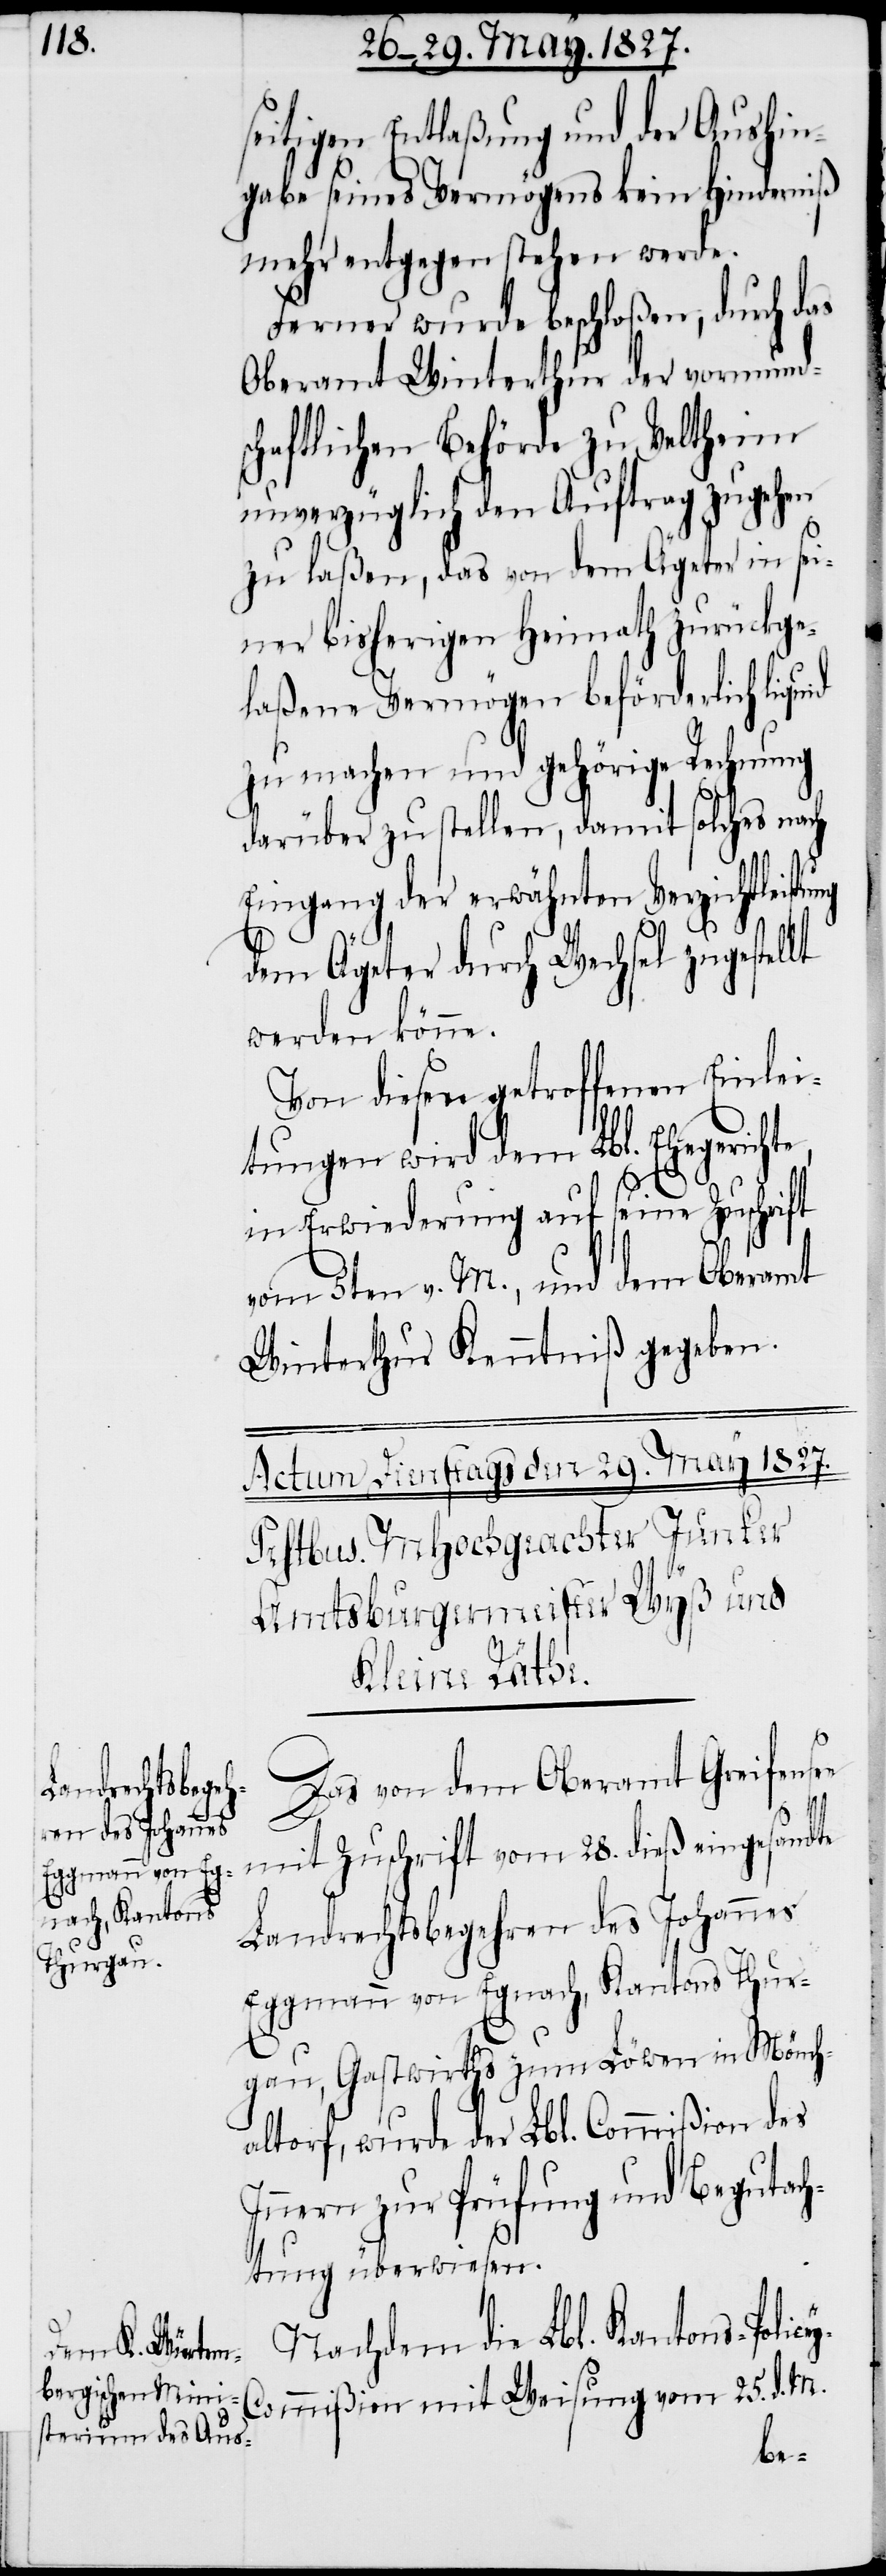
seitigen Entlaßung und der Aushin¬
gabe seines Vermögens kein Hinderniß
mehr entgegen stehen werde.
Ferner wurde beschloßen, durch das
Oberamt Winterthur der vormunds¬
chaftlichen Behörde zu Veltheim
unverzüglich den Auftrag zugehen
zu laßen, das von dem Ägeter in sei¬
ner bisherigen Heimath zurückge¬
laßene Vermögen beförderlich liquid
zu machen und gehörige Rechnung
darüber zu stellen, damit solches nach
Eingang der erwähnten Verzichtleistung
dem Ägeter durch Wechsel zugestel¬
werden könne.
Von diesen getroffenen Einlei¬
tungen wird dem Lbl. Ehegerichte
ey-C¬
in Erwiederung auf seine Zuschrift
vom 5ten v. M., und dem Oberamt
Winterthur Kenntniß gegeben.
Das von dem Oberamt Greife¬
lt
nsee mit Zuschrift vom 28. dieß eingesandte
Landrechtsbegehren des Johannes
Eggmann von Egnach, Kantons Thur¬
gau, Gastwirths zum Löwen in Mönch¬
altorf, wurde der Lbl. Commißion des
Innern zur Prüfung und Begutach¬
tung überwiesen.
Nachem die Lbl. Kantons-Polic¬
ommißion mit Weisung vom 25. d. M.